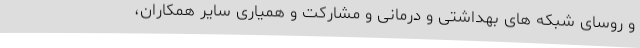
و روسای شبکه های بهداشتی و درمانی و مشارکت و همیاری سایر همکاران،